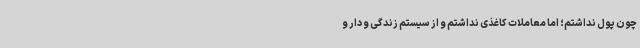
چون پول نداشتم؛ اما معاملات کاغذی نداشتم و از سیستم زندگی و دار و